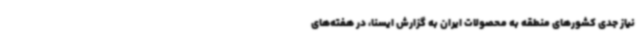
نیاز جدی کشورهای منطقه به محصولات ایران به گزارش ایسنا، در هفته‌های